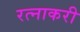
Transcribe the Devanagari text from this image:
रत्नाकरी